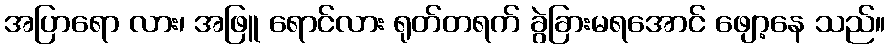
အပြာရော လား၊ အဖြူ ရောင်လား ရုတ်တရက် ခွဲခြားမရအောင် ဖျော့နေ သည်။